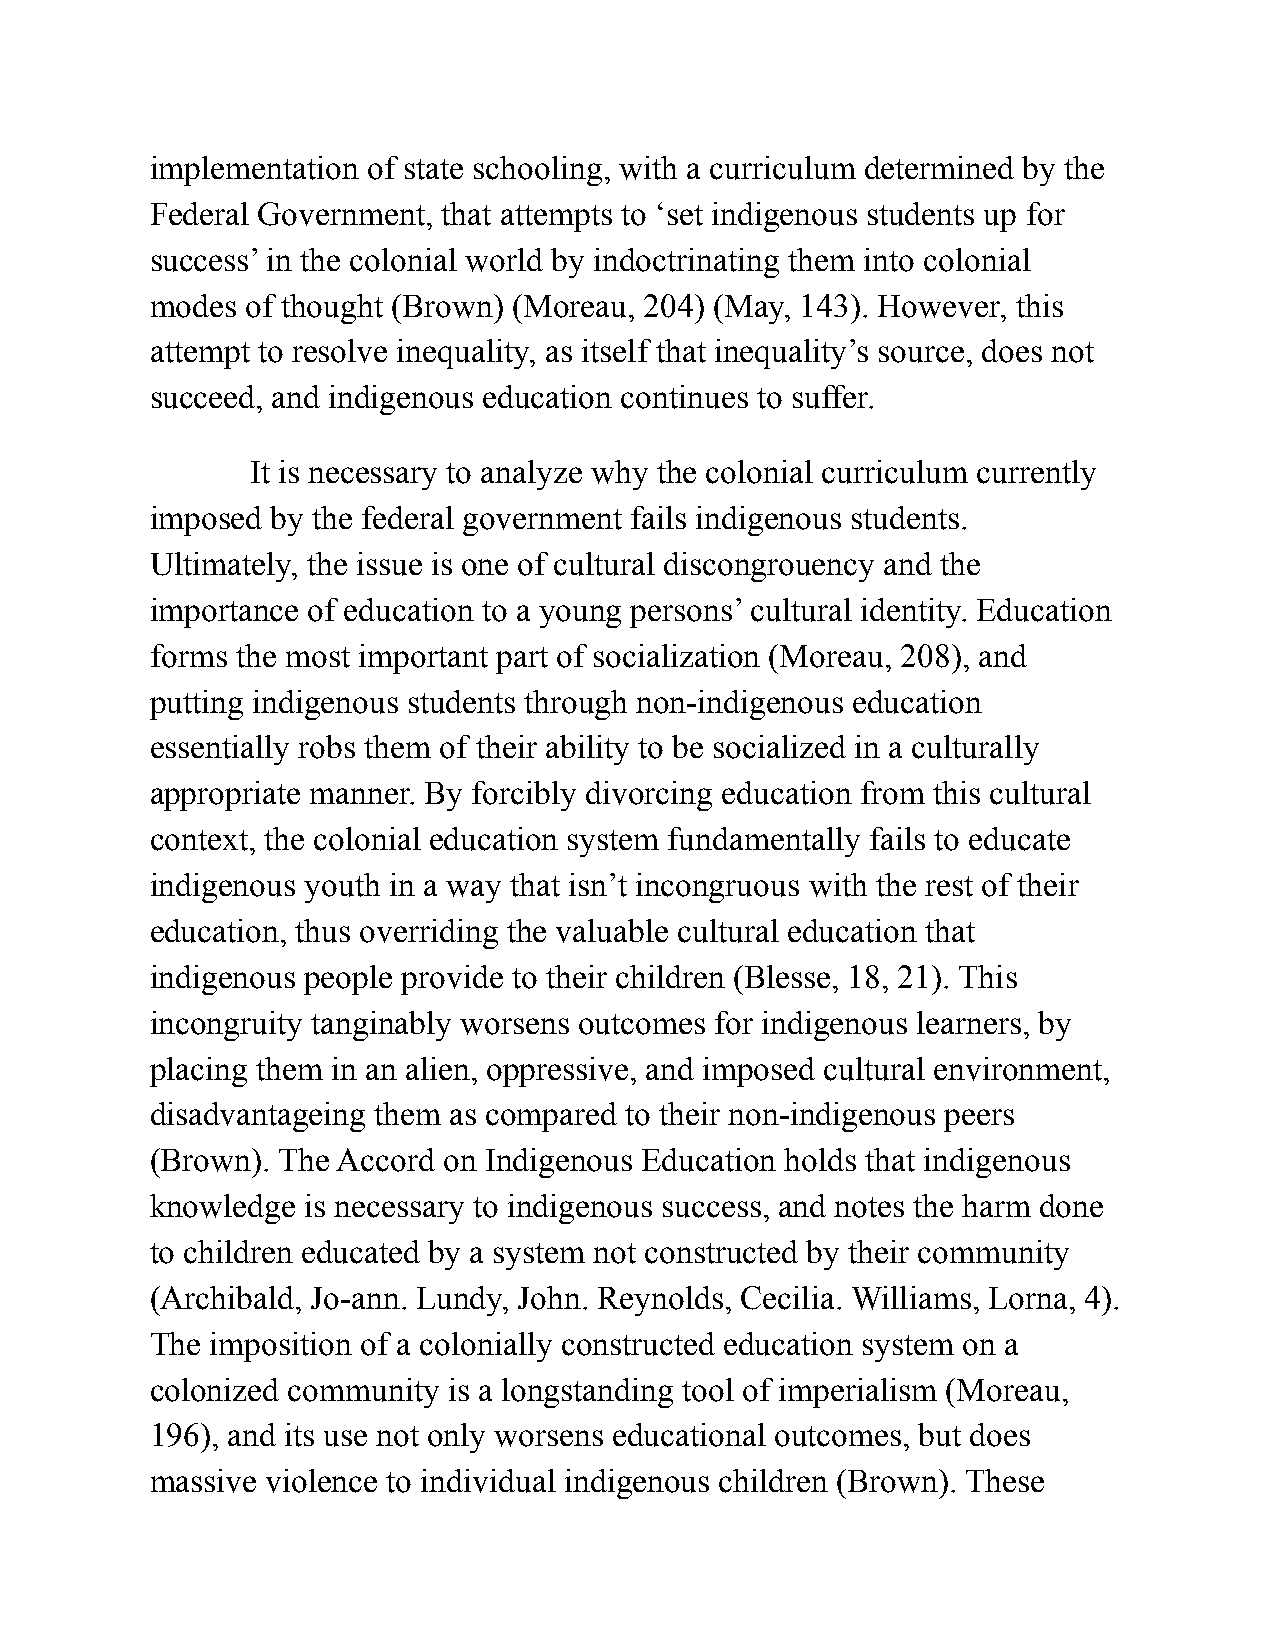
implementation of state schooling, with a curriculum determined by the
 Federal Government, that attempts to ‘set indigenous students up for
 success’ in the colonial world by indoctrinating them into colonial
 modes of thought (Brown) (Moreau, 204) (May, 143). However, this
 attempt to resolve inequality, as itself that inequality’s source, does not
 succeed, and indigenous education continues to suffer.
 It is necessary to analyze why the colonial curriculum currently
 imposed by the federal government fails indigenous students.
 Ultimately, the issue is one of cultural discongrouency and the
 importance of education to a young persons’ cultural identity. Education
 forms the most important part of socialization (Moreau, 208), and
 putting indigenous students through non-indigenous education
 essentially robs them of their ability to be socialized in a culturally
 appropriate manner. By forcibly divorcing education from this cultural
 context, the colonial education system fundamentally fails to educate
 indigenous youth in a way that isn’t incongruous with the rest of their
 education, thus overriding the valuable cultural education that
 indigenous people provide to their children (Blesse, 18, 21). This
 incongruity tanginably worsens outcomes for indigenous learners, by
 placing them in an alien, oppressive, and imposed cultural environment,
 disadvantageing them as compared to their non-indigenous peers
 (Brown). The Accord on Indigenous Education holds that indigenous
 knowledge is necessary to indigenous success, and notes the harm done
 to children educated by a system not constructed by their community
 (Archibald, Jo-ann. Lundy, John. Reynolds, Cecilia. Williams, Lorna, 4).
 The imposition of a colonially constructed education system on a
 colonized community is a longstanding tool of imperialism (Moreau,
 196), and its use not only worsens educational outcomes, but does
 massive violence to individual indigenous children (Brown). These